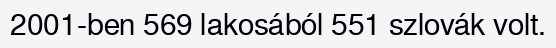
2001-ben 569 lakosából 551 szlovák volt.